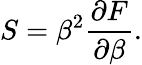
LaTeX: S=\beta^{2}{\frac{\partial F}{\partial\beta}}.